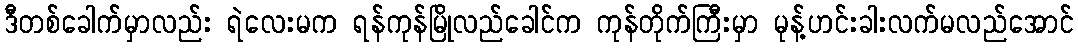
ဒီတစ်ခေါက်မှာလည်း ရဲလေးမက ရန်ကုန်မြိုလည်ခေါင်က ကုန်တိုက်ကြီးမှာ မုန့်ဟင်းခါးလက်မလည်အောင်